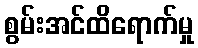
စွမ်းအင်ထိရောက်မှု